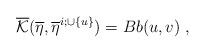
LaTeX: \begin{align*}\overline{\mathcal{K}}(\overline{\eta}, \overline{\eta}^{i;\cup\{u\}}) = B b(u,v)\;,\end{align*}